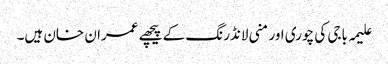
علیمہ باجی کی چوری اور منی لانڈرنگ کے پیچھے عمران خان ہیں۔